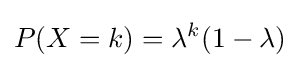
P(X=k)=\lambda ^{k}(1-\lambda )